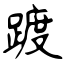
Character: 踱